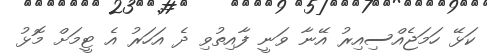
ކަޅޭ ހަމަޖެއްސިއިރު އޭނާ ވަނީ ފާއިތުވި ދެ އަހަރު އެ ޓީމަށް މޮޅު